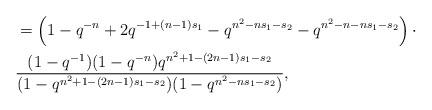
LaTeX: \begin{align*} &=\left(1-q^{-n}+2q^{-1+(n-1)s_1}-q^{n^2-ns_1-s_2}-q^{n^2-n-ns_1-s_2}\right)\cdot\\ &\frac{(1-q^{-1})(1-q^{-n})q^{n^2+1-(2n-1)s_1-s_2}}{(1-q^{n^2+1-(2n-1)s_1-s_2})(1-q^{n^2-ns_1-s_2})},\end{align*}